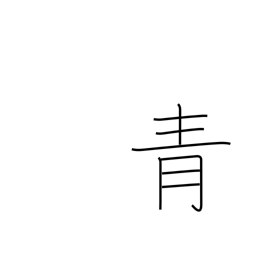
Meaning: blue